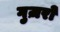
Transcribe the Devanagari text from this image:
गुज़रों